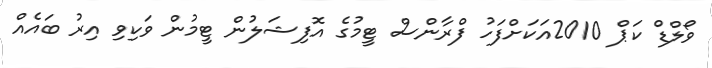
ވޯލްޑް ކަޕް 2010އަކަށްފަހު ފްރާންސް ޓީމުގެ އޮފިޝަލުން ޓީމުން ވަކިވި އިރު ބައެއް